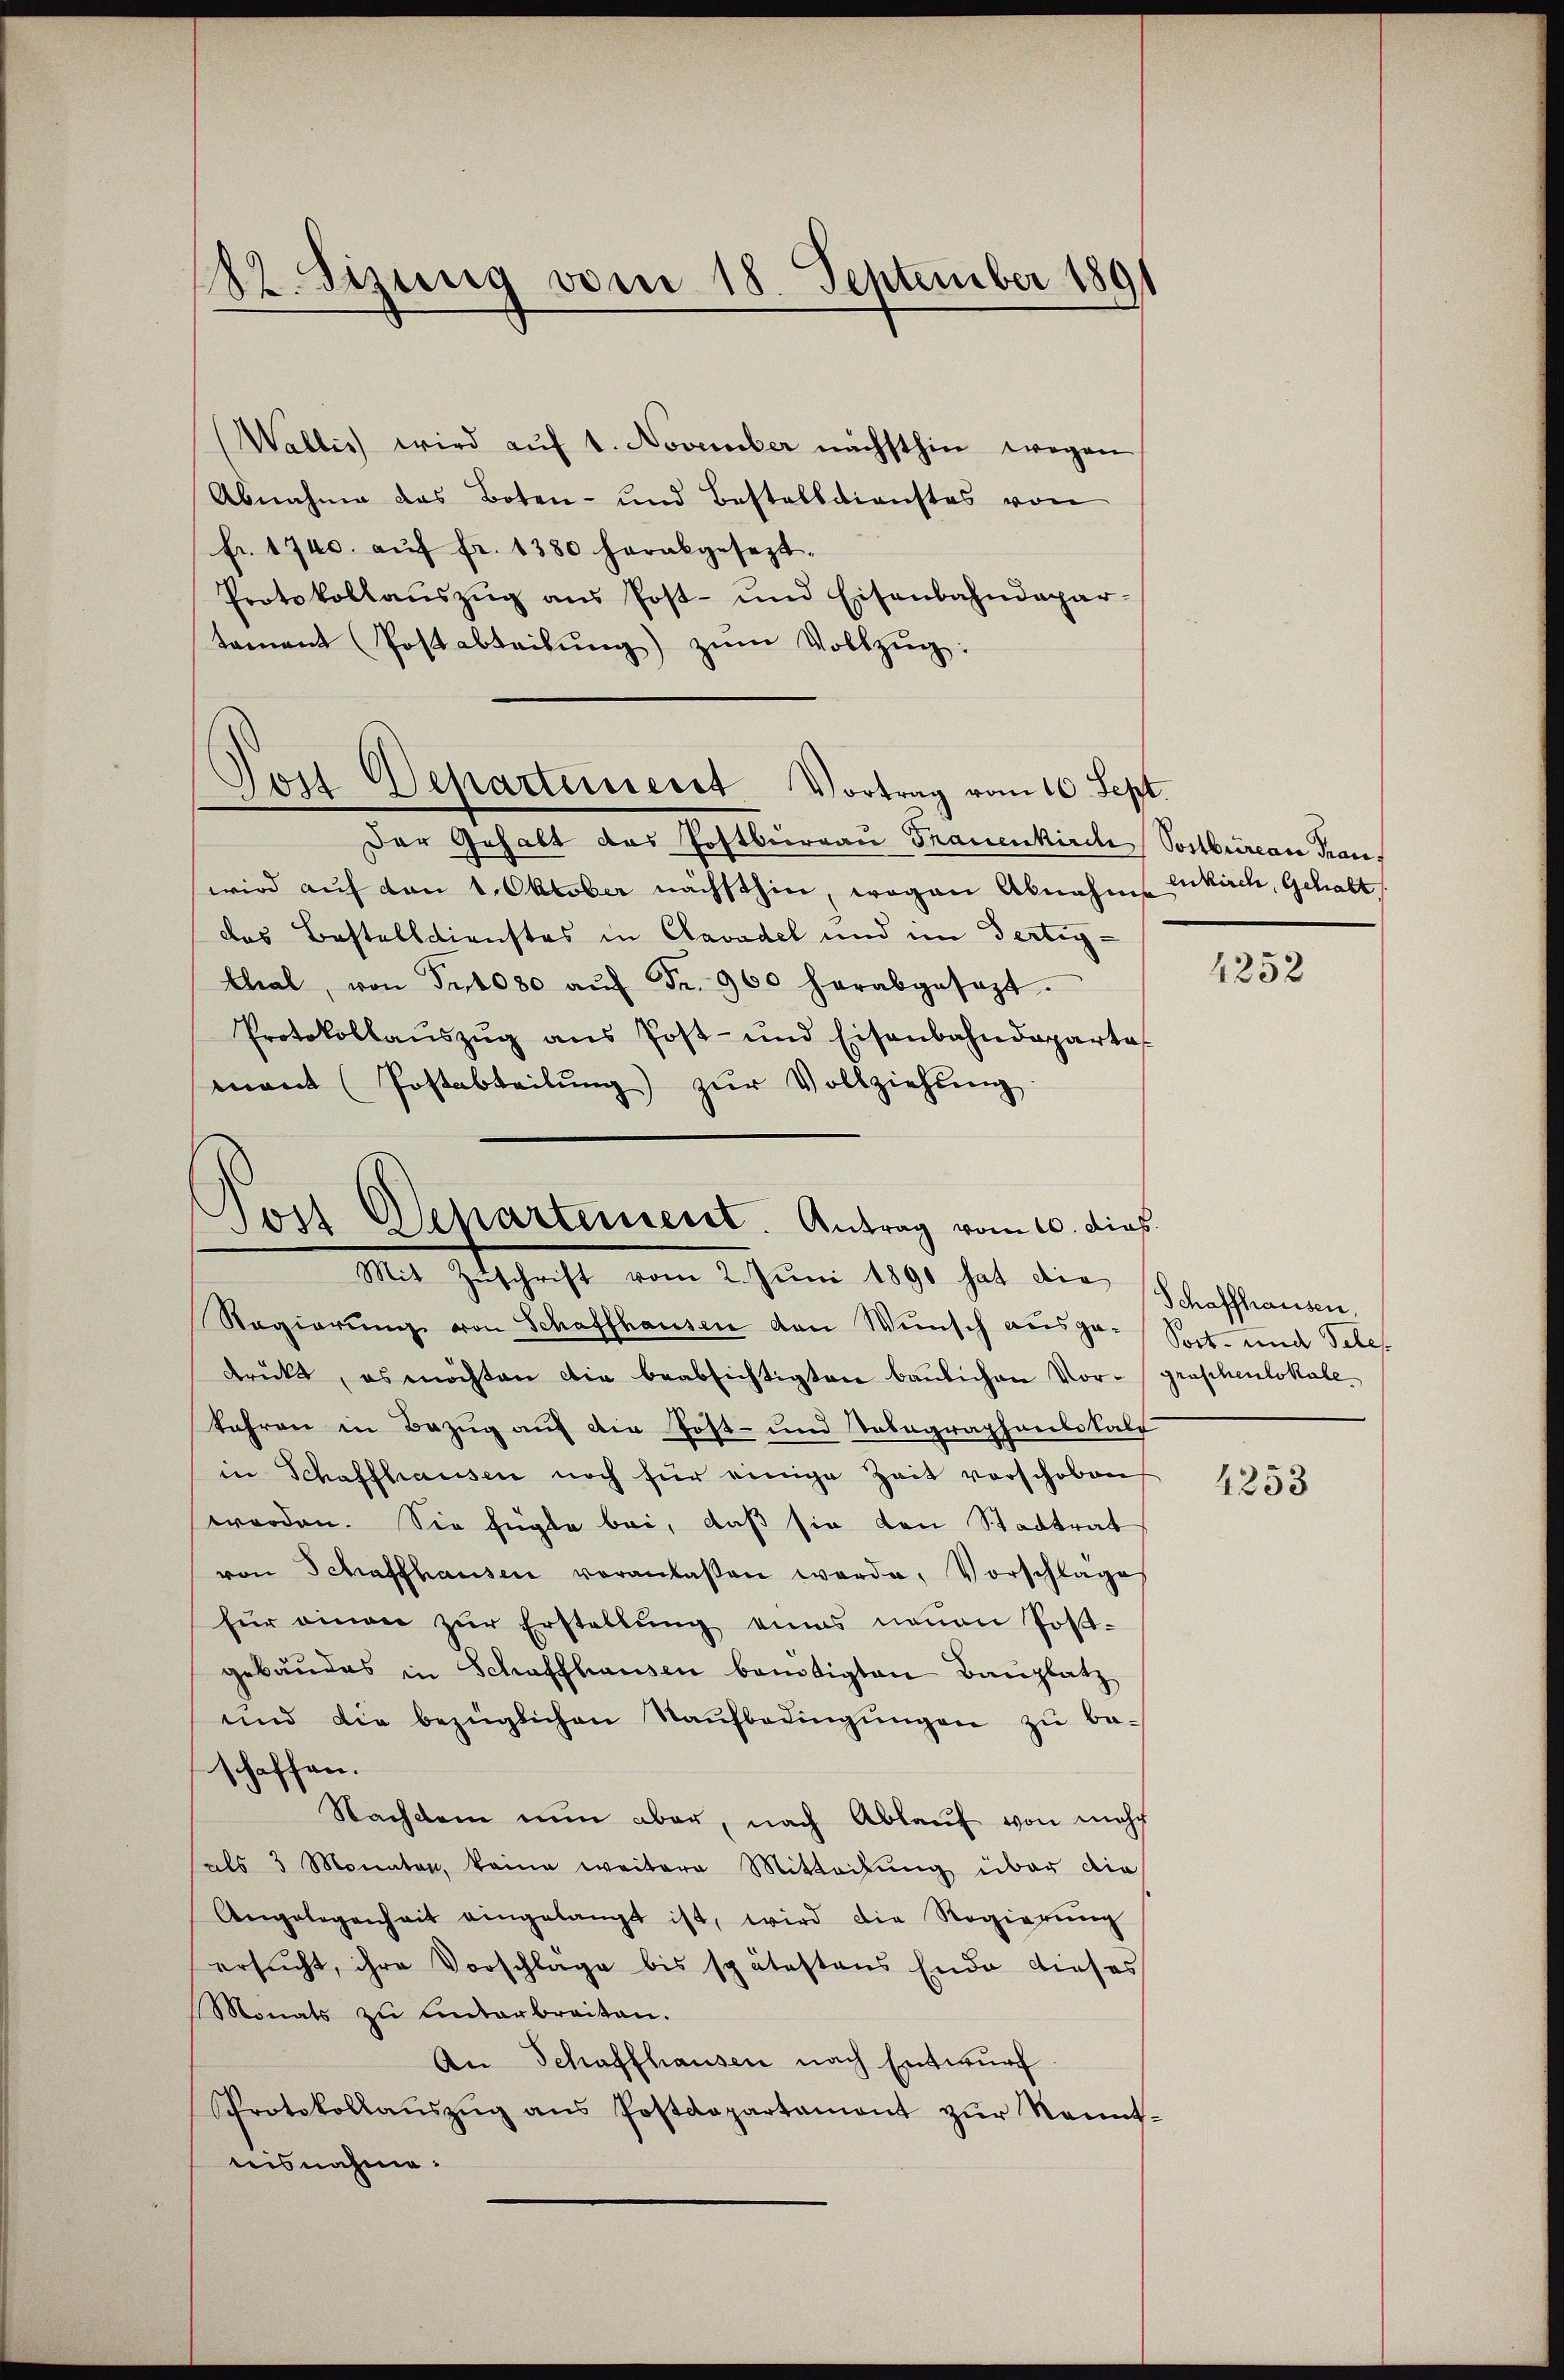
12. Sizung vom 18. September 1891

(Wallis wird aŭf 1. November nächsthin wegen
Abnahme des Boten- und Bestelldienstes von
fr. 1700. aŭf fr. 1380 herabgesezt.
Protokollaŭszŭg ans Post- und Eisenbahndepar-
tament Postabteilŭng zŭm Vollzŭg:

Tois Departement Vortrag vom 10. Sept.

Ton Departement. Antrag vom 10. dieß
Mit Zuschricht 2. Juni 1890 hat die Sachsamen

Der Gehalt das Postburgau Frauenkirche Postbureau Trauf
wird auf den 1. Oktober nächsthin, wogen Abnahme kirch, Gehalt
das Bestelldienstes in Clavadel und im Fertig¬
Chal, von Fr. 1080 aŭf Fr. 900 herabgesezt.
Protokollaŭszŭg ans Post- und Eisenbahndeparta
mant (Postabteilŭng zŭr Vollziehŭng.
Regierŭng von Schaffhausen den Wunsch ausge-Sort- und Teles
drückt, es möchten die beabsichtigten baŭlichen Vor- (graphenlokale
Jahren in Bezug auf die Post- und Tabagraphenbehalt
in Schaffhausen noch für einige Zeit verschoben
worden. Sie fügte bei, daß sie von Stadtrat
von Schaffhausen veranlaßen werde, Vorschlage
für einger zŭr Erstellŭng eines neuen Post-
gebäudes in Schaffhausen benötigten Bauplatz
und die bezüglichen Naŭfbedingŭngen zu be-
schaffen.
Nachdem nun aber, nach Ablauf von mehr
als 3 Monaten, keine weitere Mitteilung über die
Angelegenheit eingelangt ist, wird die Regierŭng
ersŭcht, ihre Vorschlage bis spätestens Ende dieses
Monats zu unterbreiten.
An Schaffhausen nach Entwurf
Protokollaŭszŭg ans Postdepartament zŭr Kennt-
nisnahme.

1252

4253